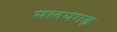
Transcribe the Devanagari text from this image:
मलयगढ़